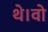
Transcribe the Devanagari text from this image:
थे।वो